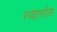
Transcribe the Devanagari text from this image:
स्वालोस